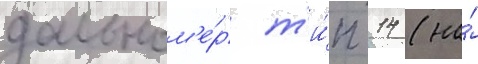
дальном'е́р т'и́п 14 (на́